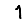
Digit: 1